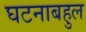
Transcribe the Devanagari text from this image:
घटनाबहुल